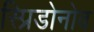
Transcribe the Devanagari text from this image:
स्प्रिडोनोव